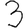
Digit: 3